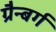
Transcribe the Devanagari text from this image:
ग्रैन्बर्ग